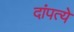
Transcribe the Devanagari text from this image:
दांपत्ये